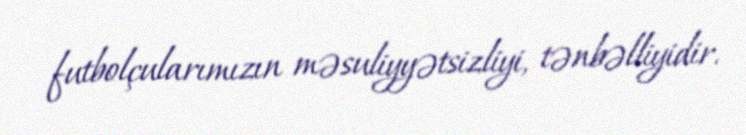
futbolçularımızın məsuliyyətsizliyi, tənbəlliyidir.